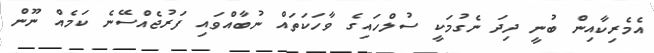
އެމެރިކާއިން ބުނީ ދިދަ ނެގުމަކީ ސުލްހައިގެ ވާހަކަތައް ނުބާއްވައި ފަރުޖެއްސޭނެ ކަމެއް ނޫން